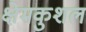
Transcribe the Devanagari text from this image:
क्षेमकुशल